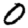
Digit: 0